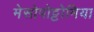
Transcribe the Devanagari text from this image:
मेसोपोट्टोमिया